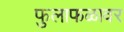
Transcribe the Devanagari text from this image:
फुलाफळावर